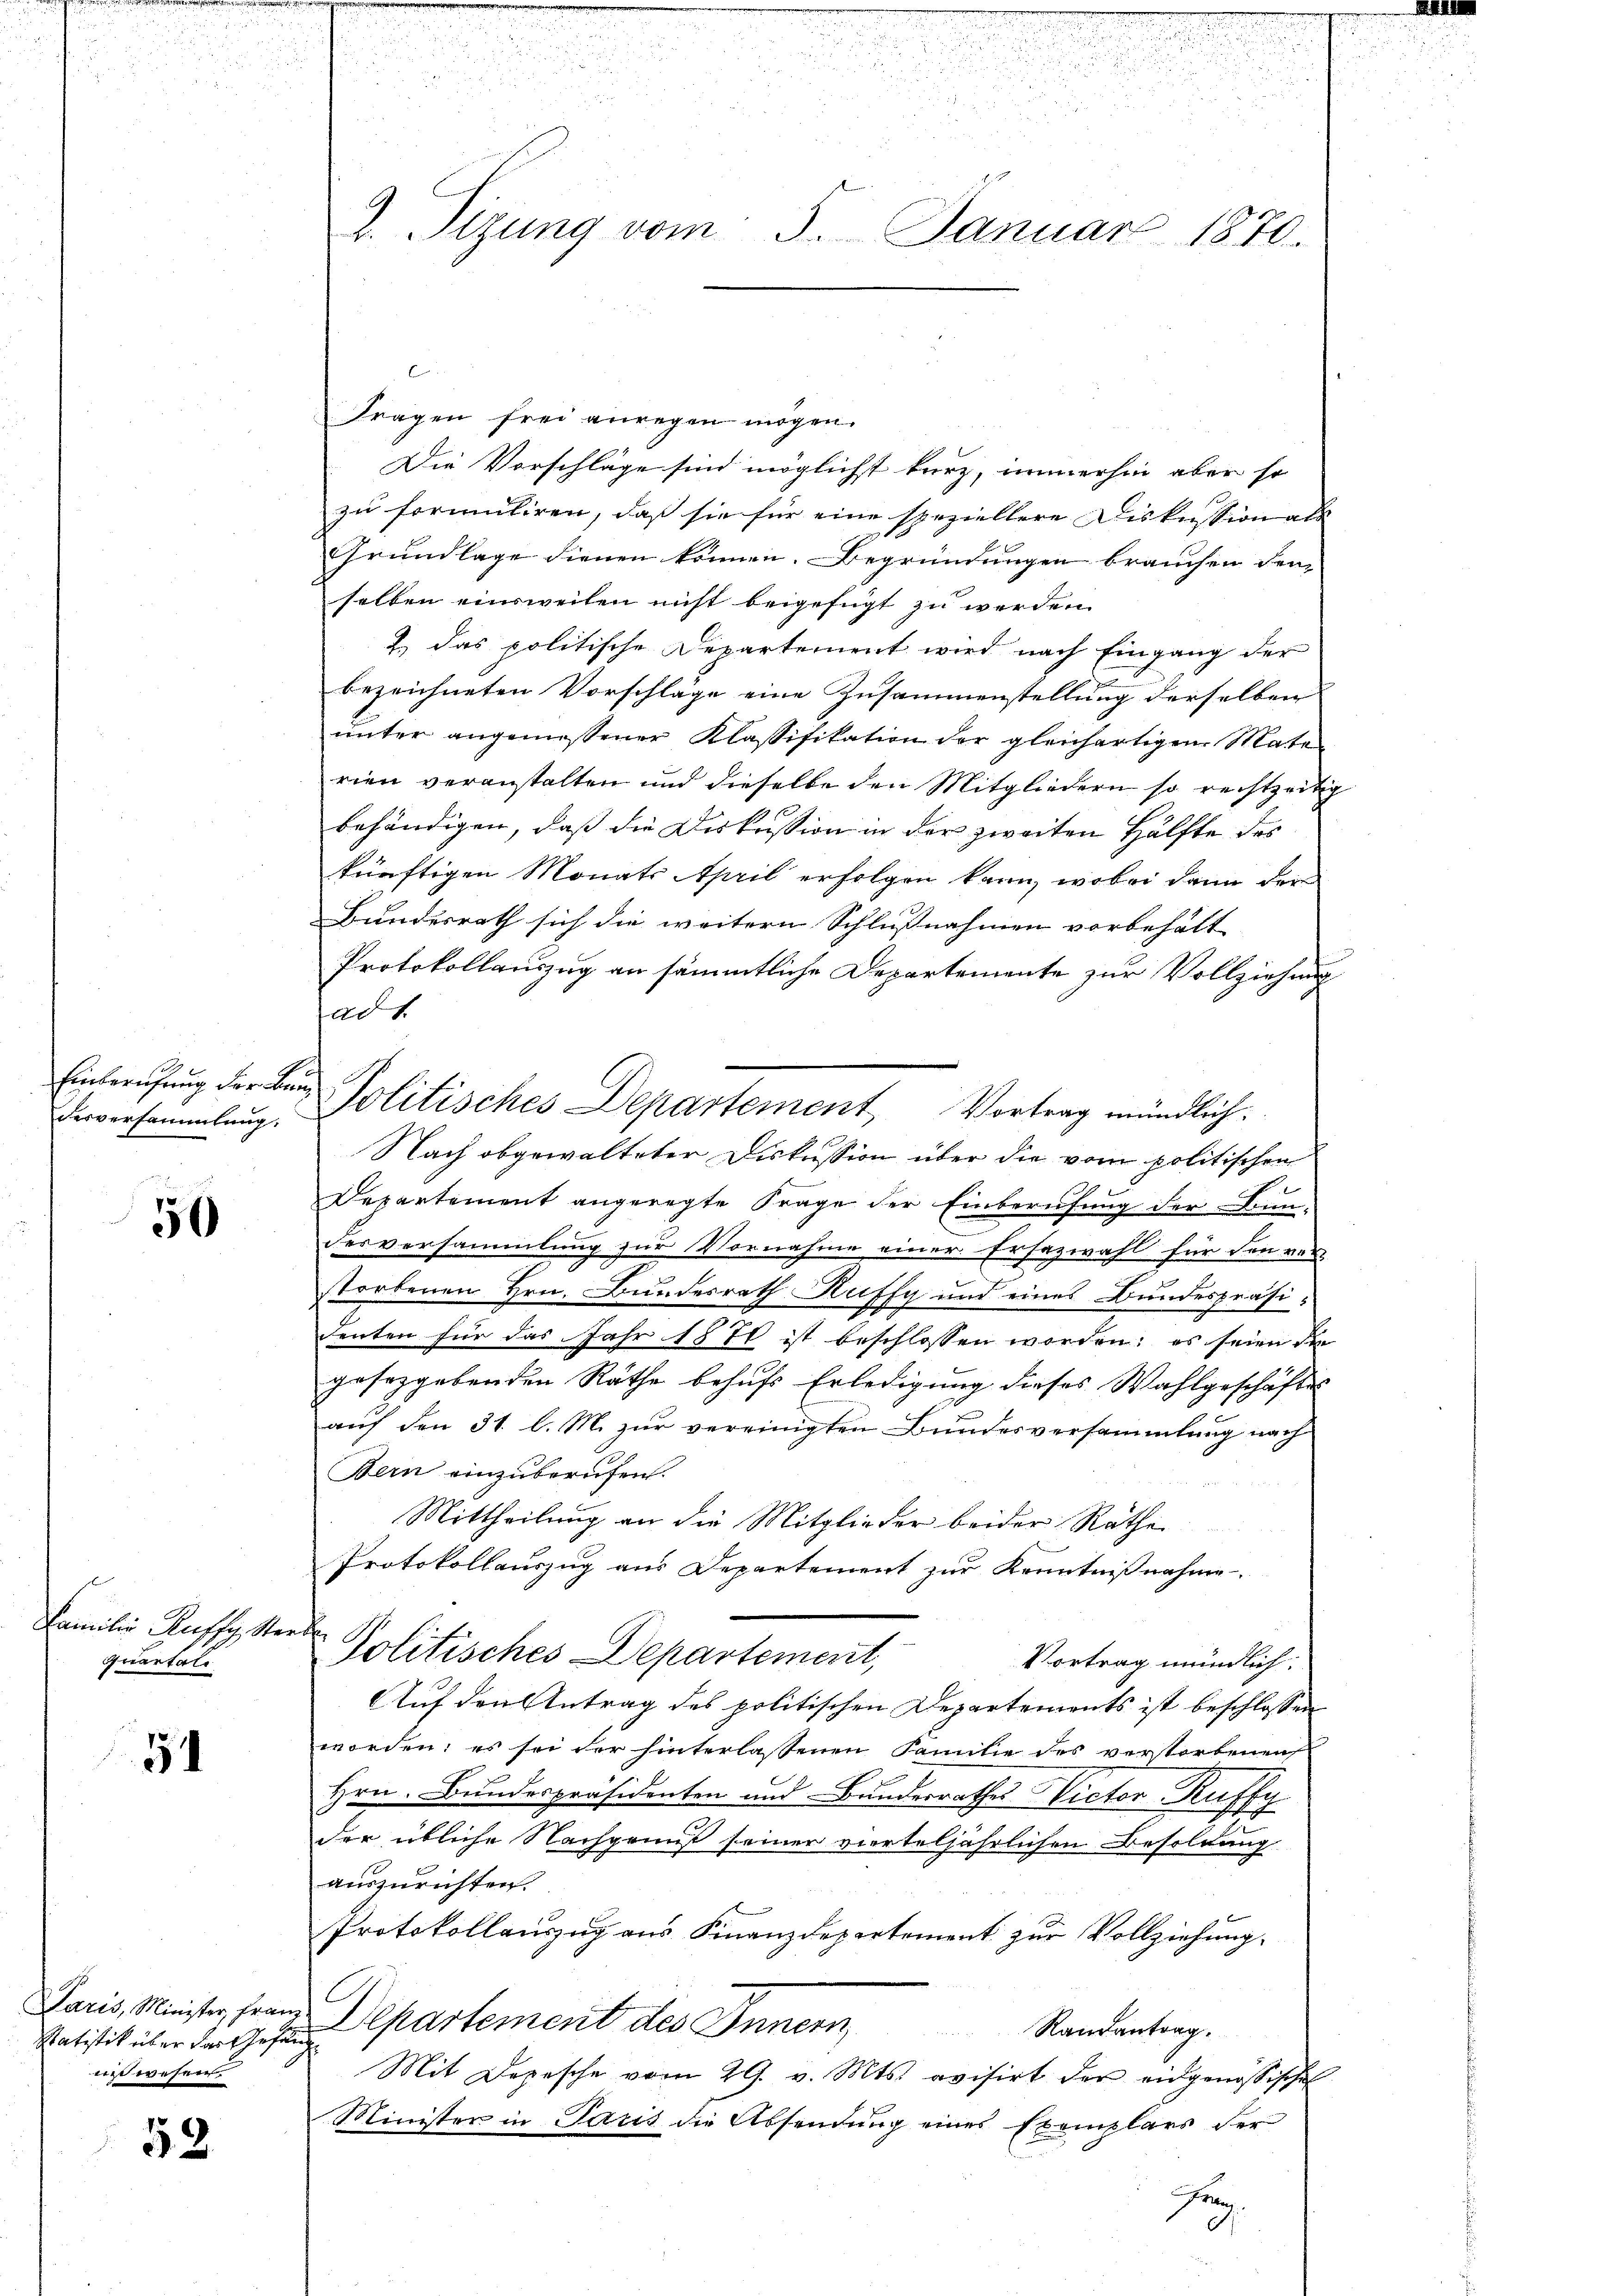
u

.
xx

desversammlung.

50

Fragen frei anregen mögen.
Die Vorschläge sind möglichst kurz, immerhin aber so
zu formuliren, daß sie für eine speziellere Diskussion als
Grundlage dienen können. Begründungen brauchen den
selben einsweilen nicht beigefügt zu werden.
2.) Das politische Departement wird nach Eingang der
bezeichneten Vorschläge eine Zusammenstellung derselben
unter angemessener Klassifikation der gleichartigen Materien veranstalten und dieselbe den Mitgliedern so rechtzeitig
behändigen, daß die Diskussion in der zweiten Hälfte des
künftigen Monats April erfolgen kann, wobei dann der
Bundesrath sich die weitern Schlußnahmen vorbehält
Protokollauszug an sämmtliche Departemente zur Vollziehung
ad 1.
Nach obgewalteter Diskussion über die vom politischen
e
Departement angeregte Frage der Einberufung der Bundesversammlung zur Vornahme einer Ersazwahl für den ver-
storbenen Hrn. Bundesrath Kuffy und eines Bundespräsidenten für das Jahr 1870 ist beschlossen worden; es seien de
gesetzgebenden Rathe behufs Erledigung dieses Wahlgeschäfte
auf den 31. l. M. zur vereinigten Bundesversammlung nach
Bern einzuberufen.
Mittheilung an die Mitglieder beider Rathe
Protokollauszug aus Departement zur Kenntnißnahme
Familie Ruffy, Sterbe
Politisches Departement,
quartale
Vortrag mündlich:
Auf den Antrag des politischen Departements ist beschlossen
worden; es sei der hinterlassenen Familie des verstorbenen
51
Hrn. Bundespräsidenten und Bunderrathes Victor-Kuffy
der übliche Nachgenus seiner vierteljährlichen Besoldung
auszurichten.
Protokollauszug aus Finanzdepartement zur Vollziehung.
Paris, Minister, sein Departement des Innern Randantrag.
Statistik über der Gefäng
 wesen
Mit Depesche vom 29. v. Mts. avisirt der eidgenössische
Minister in Paris die Absendung eines Exemplars der
52
Franz

v

.
e

u
.

.
r
 2

s

28.
2. Sizung vom 3. Januar 1870.

Bri

Einberufung der Bei Politisches Departement Vortrag mündlich.

.

.
u
n